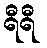
ရီရီ